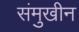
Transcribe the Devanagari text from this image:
संमुखीन